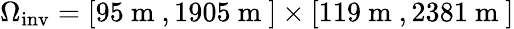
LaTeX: \Omega_{\mathrm{inv}}=[95\mathrm{~m~},1905\mathrm{~m~}]\times[119\mathrm{~m~},2381\mathrm{~m~}]